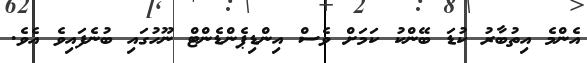
އެންމެ އިތުބާރު ކުޑަ ބޭންކު ކަމަށް ވެސް އިންޑިޕެންޑެންޓް ނޫހުގައި ބުނެފައިވެ އެވެ.